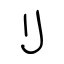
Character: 刂